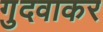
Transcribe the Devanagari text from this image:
गुदवाकर